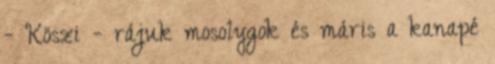
- Köszi - rájuk mosolygok és máris a kanapé